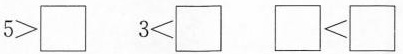
$$2>\square $$ $$3<\square $$ \square <\square